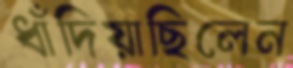
ধাঁদিয়াছিলেন